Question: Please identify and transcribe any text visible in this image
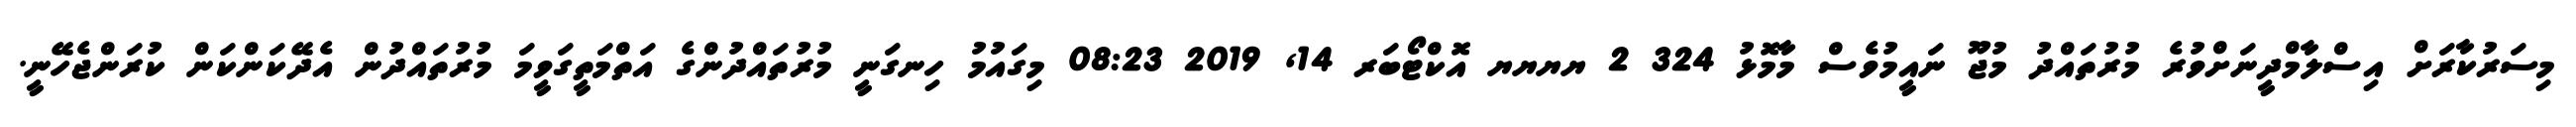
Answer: މިސަރުކާރަށް އިސްލާމްދީނަށްވުރެ މުރުތައްދު މުޖޫ ނައީމުވެސް މާމޮޅު 324 2 ޔޔޔޔ އޮކްޓޯބަރ 14, 2019 08:23 މިގައުމު ހިނގަނީ މުރުތައްދުންގެ އަތްމަތީގަވީމަ މުރުތައްދުން އެދޭކަންކަން ކުރަންޖެހޭނީ.